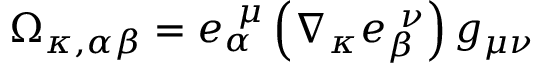
\Omega _ { \kappa , \alpha \beta } = e _ { \alpha } ^ { \ \mu } \left( \nabla _ { \kappa } e _ { \beta } ^ { \ \nu } \right) g _ { \mu \nu }